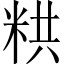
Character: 粠